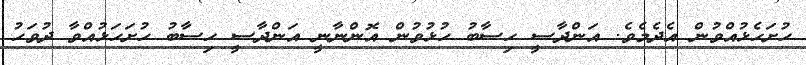
ހުށަހެޅުއްވުން އެދެމެވެ. އަންދާސީ ހިސާބު ހުޅުވުން އޮންނާނީ އަންދާސީ ހިސާބު ހުށަހަޅުއްވާ ދުވަހު